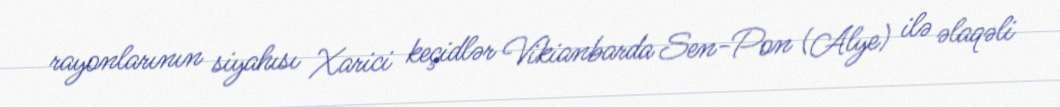
rayonlarının siyahısı Xarici keçidlər Vikianbarda Sen-Pon (Alye) ilə əlaqəli